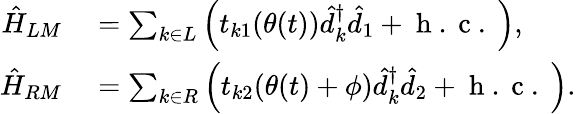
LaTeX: \begin{array}{rl}{\hat{H}_{LM}}&{{}=\sum_{k\in L}\Big(t_{k1}(\theta(t))\hat{d}_{k}^{\dagger}\hat{d}_{1}+\mathrm{~h~.~c~.~}\Big),}\\ {\hat{H}_{RM}}&{{}=\sum_{k\in R}\Big(t_{k2}(\theta(t)+\phi)\hat{d}_{k}^{\dagger}\hat{d}_{2}+\mathrm{~h~.~c~.~}\Big).}\end{array}